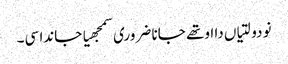
نو دولتیاں دا اوتھے جانا ضروری سمجھیا جاندا سی۔